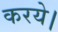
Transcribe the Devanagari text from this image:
करये।